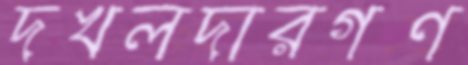
দখলদারগণ